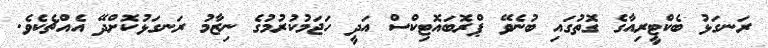
ރަނގަޅު ބެކްޓީރިއާގެ ގޮތުގައި ބުނެވޭ ޕްރޮބައޮޓިކްސް އަދީ ހަޖަމުކުރުމުގެ ނިޒާމު ރަނގަޅުކޮށްދޭ އެއްޗެކެވެ.